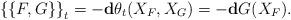
LaTeX: \begin{align*}\left\{\left\{F,G\right\}\right\}_t=-\mathbf{d}\theta_t(X_F,X_G)=-\mathbf{d}G(X_F).\end{align*}